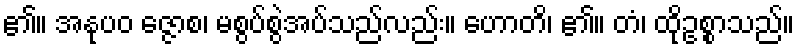
၏။ အနုပဝ ဇ္ဇောစ၊ မစွပ်စွဲအပ်သည်လည်း။ ဟောတိ၊ ၏။ တံ၊ ထိုဥစ္စာသည်။